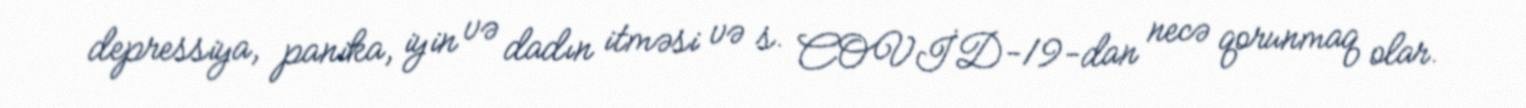
depressiya, panika, iyin və dadın itməsi və s. COVİD-19-dan necə qorunmaq olar.